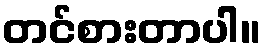
တင်စားတာပါ။